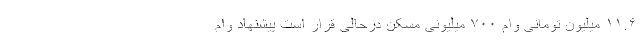
۱۱.۶ میلیون تومانی وام ۷۰۰ میلیونی مسکن درحالی قرار است پیشنهاد وام